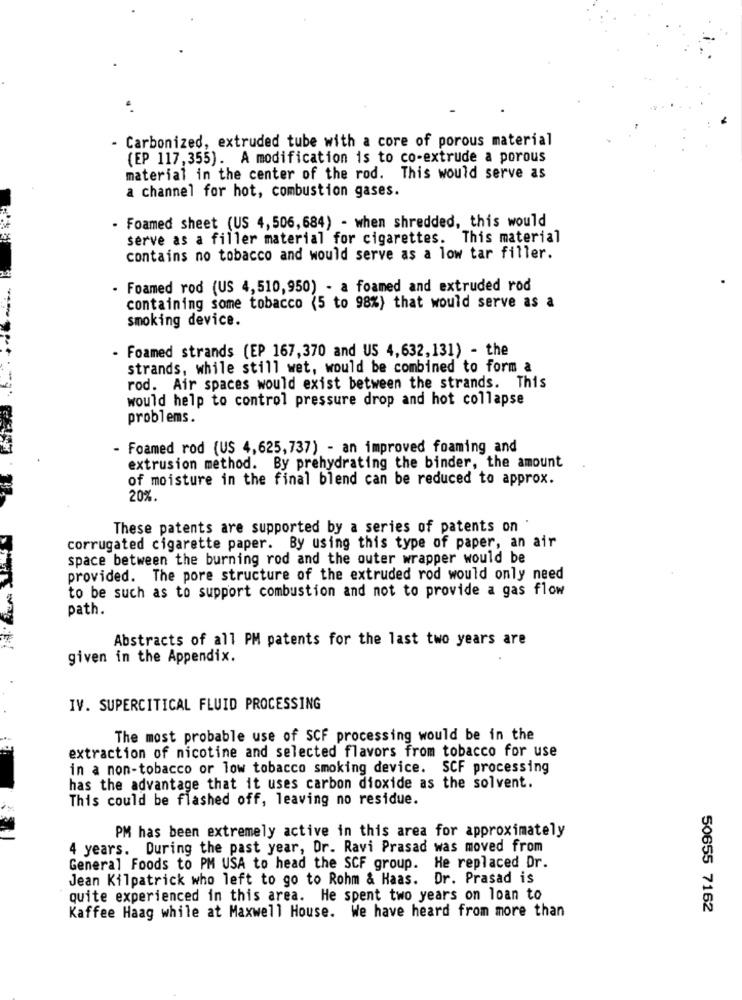
- Carbonized, extruded tube with a core of porous material
(EP 117,355). A modification is to co-extrude a porous
material in the center of the rod. This would serve as
a channel for hot, combustion gases.
- Foamed sheet (US 4,506,684) - when shredded, this would
serve as a filler material for cigarettes. This material
contains no tobacco and would serve as a low tar filler.
Foamed rod (US 4,510,950) - a foamed and extruded rod
containing some tobacco (5 to 98%) that would serve as a
smoking device.
- Foamed strands (EP 167,370 and US 4,632,131) - the
strands, while still wet, would be combined to form a
rod. Air spaces would exist between the strands. This
would help to control pressure drop and hot collapse
problems.
- Foamed rod (US 4,625,737) - an improved foaming and
extrusion method. By prehydrating the binder, the amount
of moisture in the final blend can be reduced to approx.
20%.
These patents are supported by a series of patents on .
corrugated cigarette paper. By using this type of paper, an air
space between the burning rod and the outer wrapper would be
provided. The pore structure of the extruded rod would only need
to be such as to support combustion and not to provide a gas flow
path.
Abstracts of all PM patents for the last two years are
given in the Appendix.
IV. SUPERCITICAL FLUID PROCESSING
The most probable use of SCF processing would be in the
extraction of nicotine and selected flavors from tobacco for use
in a non-tobacco or low tobacco smoking device. SCF processing
has the advantage that it uses carbon dioxide as the solvent.
This could be flashed off, leaving no residue.
PM has been extremely active in this area for approximately
4 years. During the past year, Dr. Ravi Prasad was moved from
General Foods to PM USA to head the SCF group. He replaced Dr.
Jean Kilpatrick who left to go to Rohm & Haas. Dr. Prasad is
quite experienced in this area. He spent two years on loan to
Kaffee Haag while at Maxwell House. We have heard from more than
50655 7162